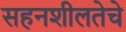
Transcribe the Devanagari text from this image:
सहनशीलतेचे